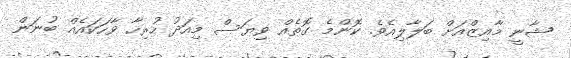
ޝާނީ މާއިޒްއަށް ބަލާލިއެވެ. ކޮންމެ ގޮތެއް ވިޔަސް މިއަދު ހުރިހާ ވާހަކައެއް ބުނަން